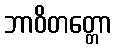
ဘာဝိတတ္တော